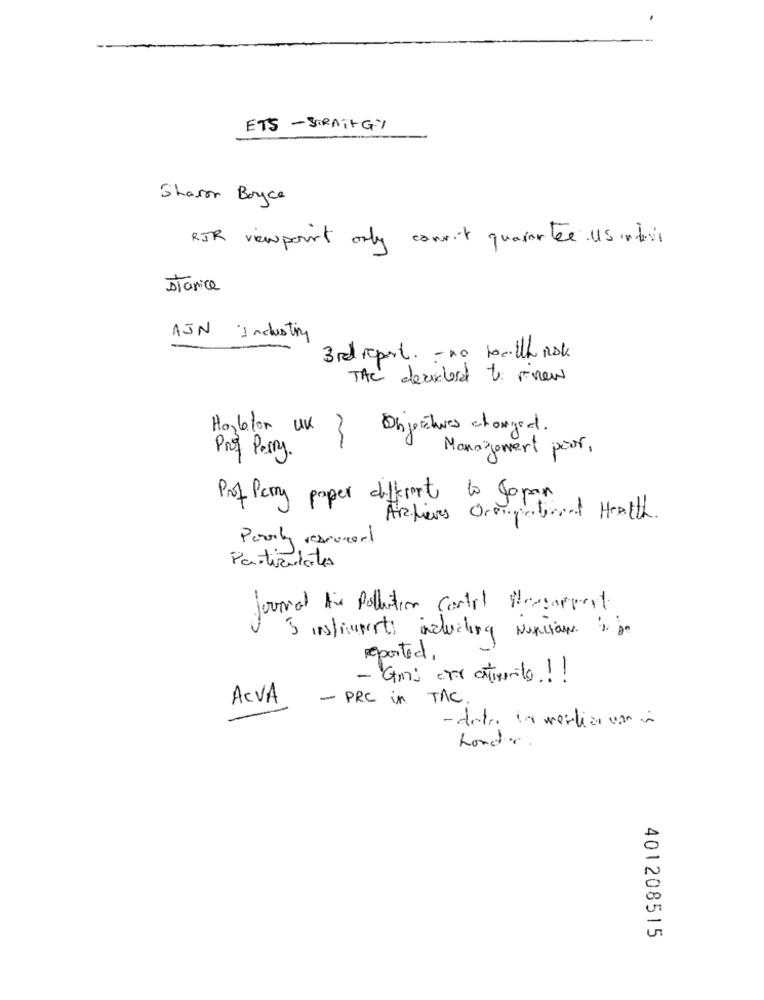
ETS - STRATEGY
Sharon Boyce
RIR viewpoint only conmit quarantee Us inbevis
stanice
AJN industry
3rd report. - no tocilthe Rok
TAC deaidlord to renew
Haybeton UK
Objectives changed .
Prof Perry.
Management pour,
Prof Perry paper different to Japan
Achieves Orpingcityoral Health.
Pauly reservert
Particulates
Journal Air Pollution Contil Presameest
& instrument including Nurcions to be
reported,
- Gmi cel estimento .! !
ACVA
- PRC in TAC.
- data la merliga con
hondr.
401208515